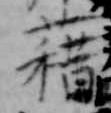
藉